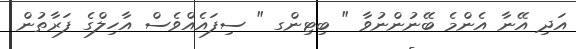
އަދި އޭނާ އެންމެ ބޭނުންނުވާ " ބިޓިންގ " ސިފައެއްވެސް އާހިލްގެ ފަރާތުން